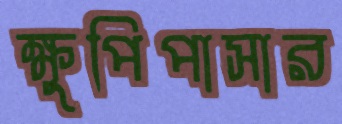
ক্ষুপিপাসার